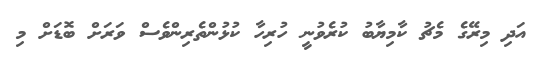
އަދި މިރޭގެ މެޗު ކާމިޔާބު ކުރެވުނީ ހުރިހާ ކުޅުންތެރިންވެސް ވަރަށް ބޮޑަށް މި